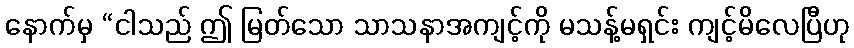
နောက်မှ “ငါသည် ဤ မြတ်သော သာသနာအကျင့်ကို မသန့်မရှင်း ကျင့်မိလေပြီဟု